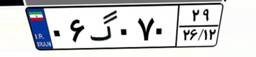
۲۱گ۸۱۳۲۰